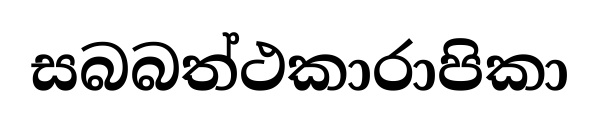
සබබත්ථකාරාපිකා